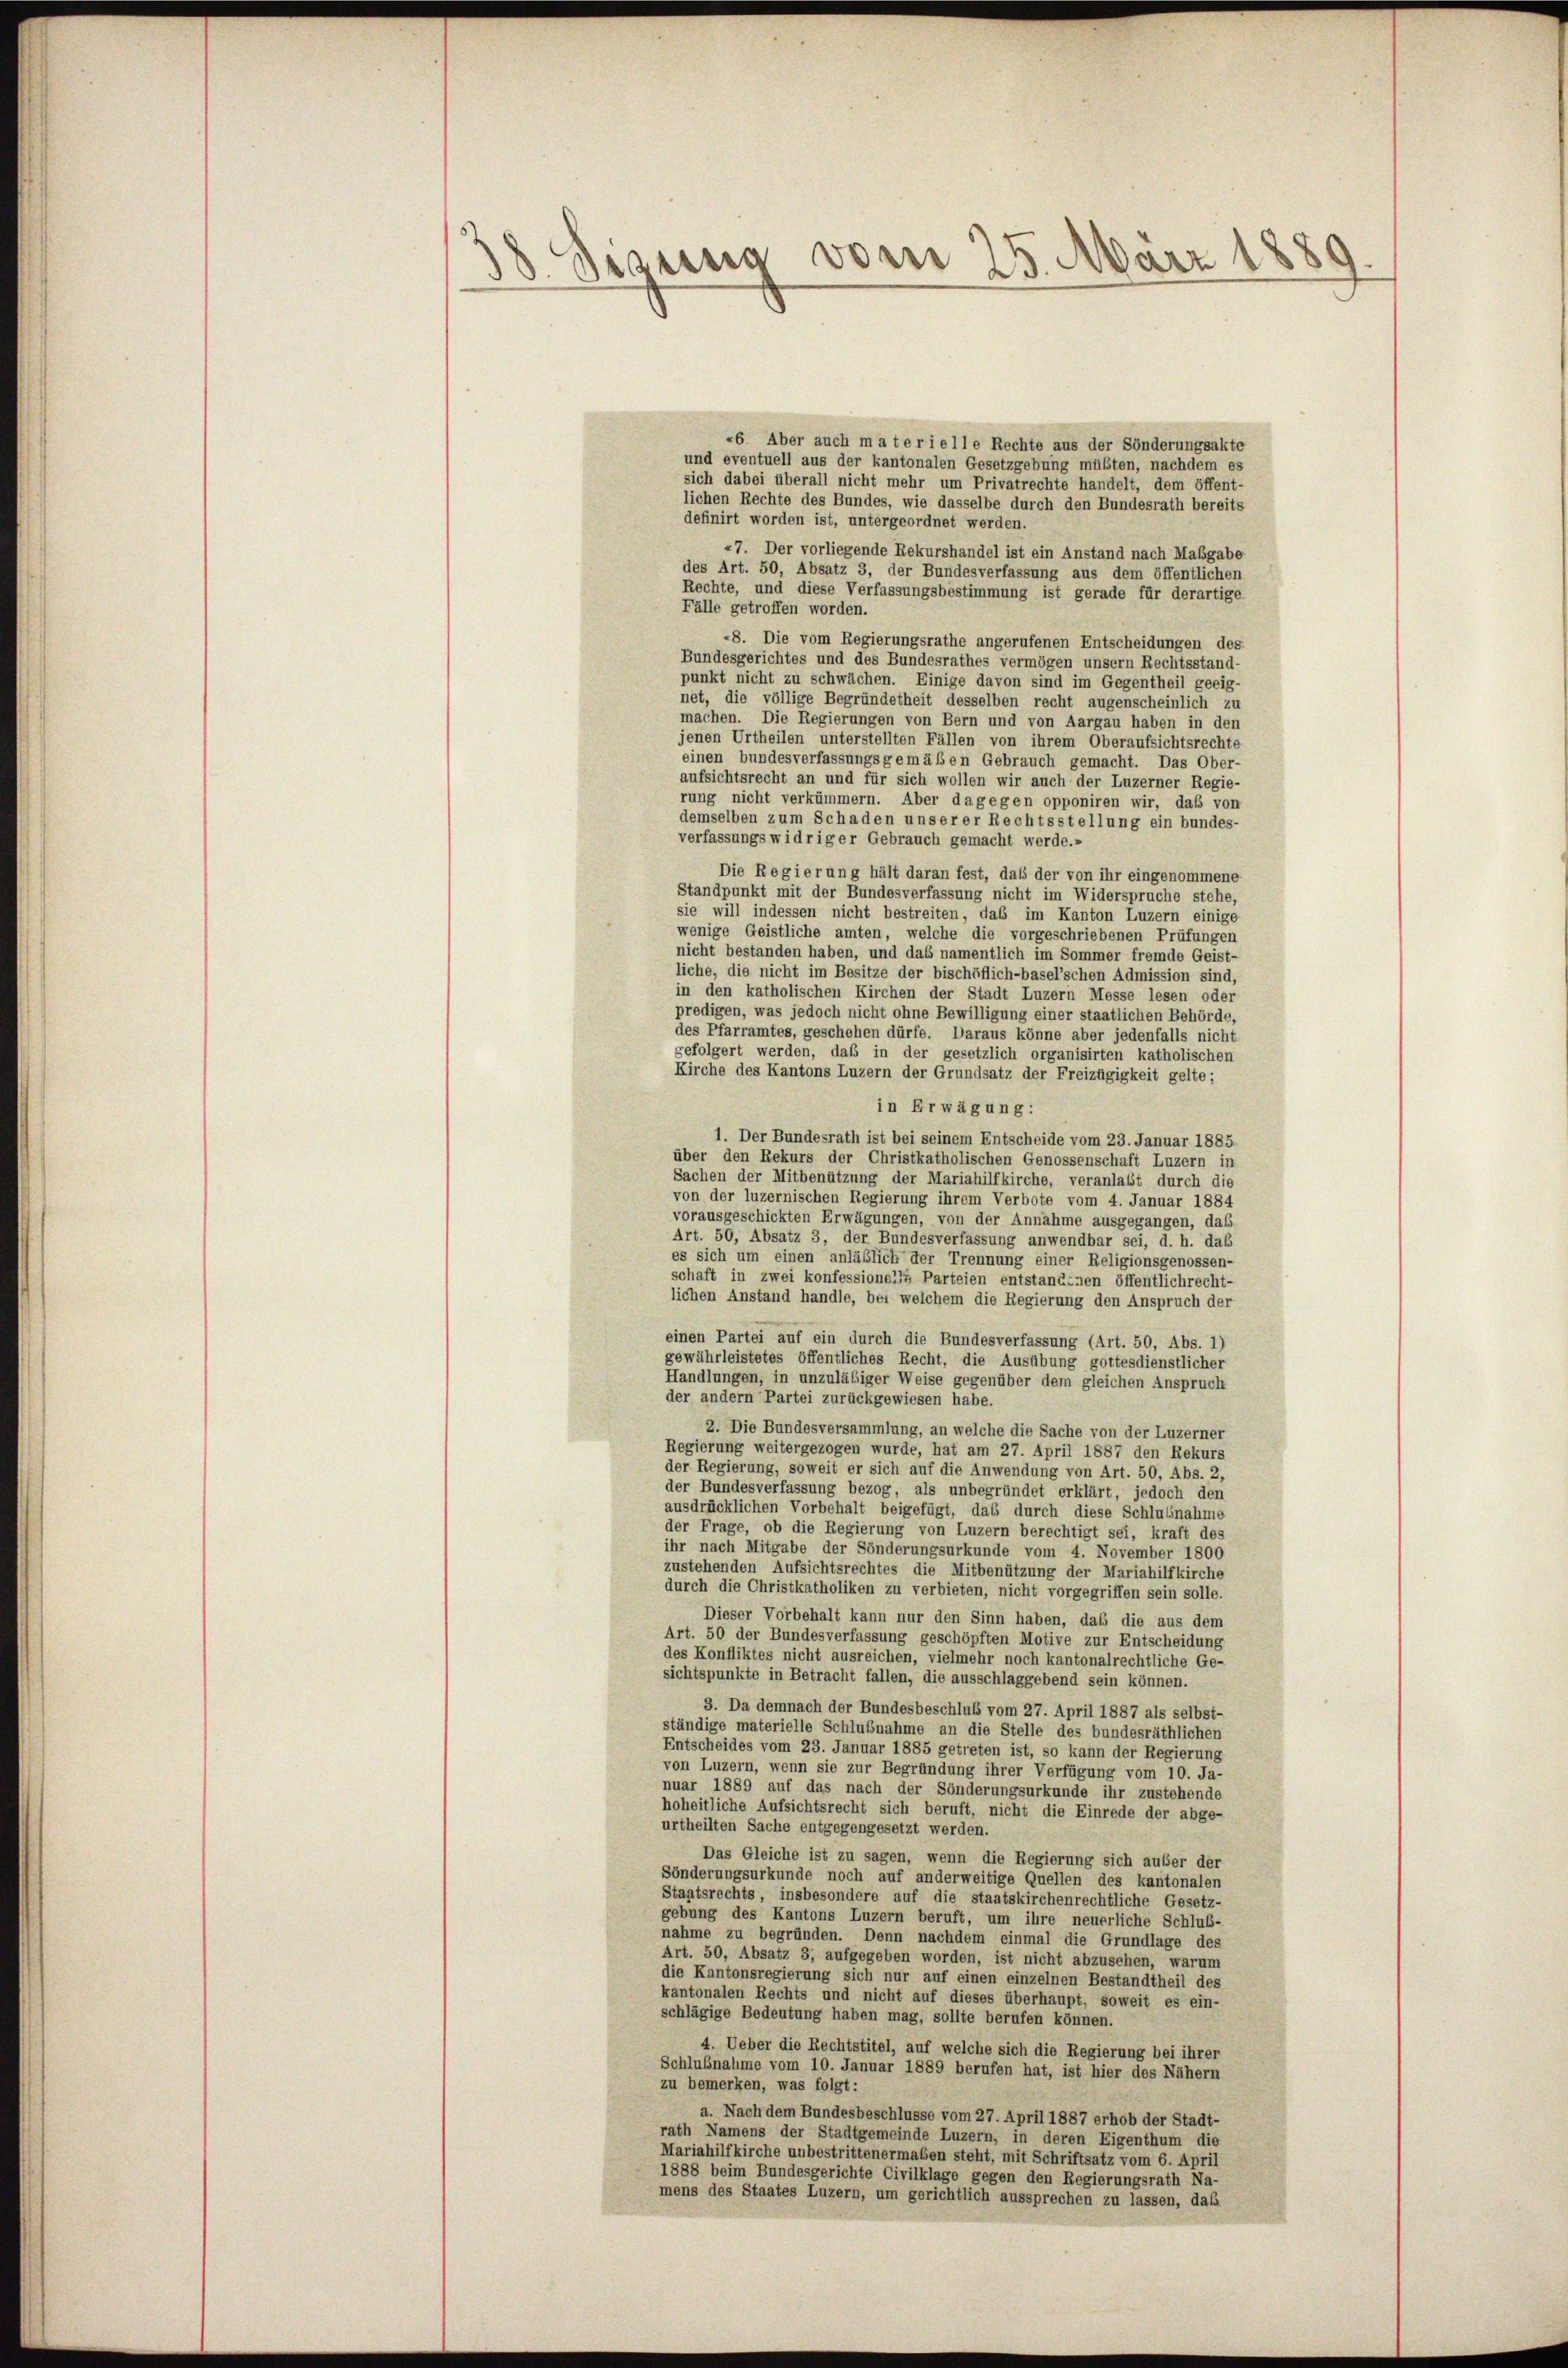
38 Sisung vom 25. März 1889.

«6. Aber auch materielle Rechte aus der Sönderungsakte
und eventuell aus der kantonalen Gesetzgebung müßten, nachdem es
sich dabei überall nicht mehr um Privatrechte handelt, dem öffent-
lichen Rechte des Bundes, wie dasselbe durch den Bundesrath bereits
definirt worden ist, untergeordnet werden.
47. Der vorliegende Rekurshandel ist ein Anstand nach Maßgabe
des Art. 50, Absatz 3, der Bundesverfassung aus dem öffentlichen
Rechte, und diese Verfassungsbestimmung ist gerade für derartige
Fälle getroffen worden.
-8. Die vom Regierungsrathe angerufenen Entscheidungen des
Bundesgerichtes und des Bundesrathes vermögen unsern Rechtsstand-
punkt nicht zu schwächen. Einige davon sind im Gegentheil geeig-
net, die völlige Begründetheit desselben recht augenscheinlich zu
machen. Die Regierungen von Bern und von Aargau haben in den
jenen Urtheilen unterstellten Fällen von ihrem Oberaufsichtsrechte
einen bundesverfassungsgemäßen Gebrauch gemacht. Das Ober-
aufsichtsrecht an und für sich wollen wir auch der Luzerner Regie-
rung nicht verkümmern. Aber dagegen opponiren wir, daß von
demselben zum Schaden unserer Rechtsstellung ein bundes-
verfassungs widriger Gebrauch gemacht werde.»
Die Regierung hält daran fest, daß der von ihr eingenommene
Standpunkt mit der Bundesverfassung nicht im Widerspruche stehe,
sie will indessen nicht bestreiten, das im Kanton Luzern einige
wenige Geistliche amten, welche die vorgeschriebenen Prüfungen
nicht bestanden haben, und das namentlich im Sommer fremde Geist-
liche, die nicht im Besitze der bischöflich-basel’schen Admission sind,
in den katholischen Kirchen der Stadt Luzern Messe lesen oder
predigen, was jedoch nicht ohne Bewilligung einer staatlichen Behörde,
des Pfarramtes, geschehen dürfe. Daraus könne aber jedenfalls nicht
gefolgert werden, daß in der gesetzlich organisirten katholischen
Kirche des Kantons Luzern der Grundsatz der Freizügigkeit gelte;
in Erwägung:
1. Der Bundesrath ist bei seinem Entscheide vom 23. Januar 1885
über den Rekurs der Christkatholischen Genossenschaft Luzern in
Sachen der Mitbenützung der Mariahilfkirche, veranlaßt durch die
von der luzernischen Regierung ihrem Verbote vom 4. Januar 1884
vorausgeschickten Erwägungen, von der Annahme ausgegangen, daß
Art. 50, Absatz 3, der Bundesverfassung anwendbar sei, d. h. das
es sich um einen anläßlich der Trennung einer Religionsgenossen-
schaft in zwei konfessione a Parteien entstandenen öffentlichrecht-
lichen Anstand handle, bei welchem die Regierung den Anspruch der
einen Partei auf ein durch die Bundesverfassung (Art. 50, Abs. 1)
gewährleistetes öffentliches Recht, die Ausübung gottesdienstlicher
Handlungen, in unzuläbiger Weise gegenüber dem gleichen Anspruch
der andern Partei zurückgewiesen habe.
2. Die Bundesversammlung, an welche die Sache von der Luzerner
Regierung weitergezogen wurde, hat am 27. April 1887 den Rekurs
der Regierung, soweit er sich auf die Anwendung von Art. 50, Abs. 2,
der Bundesverfassung bezog, als unbegründet erklärt, jedoch den
ausdrücklichen Vorbehalt beigefügt, das durch diese Schlußnahme
der Frage, ob die Regierung von Luzern berechtigt sei, kraft des
ihr nach Mitgabe der Sönderungsurkunde vom 4. November 1800
zustehenden Aufsichtsrechtes die Mitbenützung der Mariahilfkirche
durch die Christkatholiken zu verbieten, nicht vorgegriffen sein solle.
Dieser Vorbehalt kann nur den Sinn haben, daß die aus dem
Art. 50 der Bundesverfassung geschöpften Motive zur Entscheidung
des Konfliktes nicht ausreichen, vielmehr noch kantonalrechtliche Ge-
sichtspunkte in Betracht fallen, die ausschlaggebend sein können.
3. Da demnach der Bundesbeschluß vom 27. April 1887 als selbst-
ständige materielle Schlußnahme an die Stelle des bundesräthlichen
Entscheides vom 23. Januar 1885 getreten ist, so kann der Regierung
von Luzern, wenn sie zur Begründung ihrer Verfügung vom 10. Ja-
nuar 1889 auf das nach der Sönderungsurkunde ihr zustehende
hoheitliche Aufsichtsrecht sich beruft, nicht die Einrede der abge-
urtheilten Sache entgegengesetzt werden.
Das Gleiche ist zu sagen, wenn die Regierung sich außer der
Sönderungsurkunde noch auf anderweitige Quellen des kantonalen
Staatsrechts, insbesondere auf die staatskirchenrechtliche Gesetz-
gebung des Kantons Luzern beruft, um ihre neuerliche Schluß-
nahme zu begründen. Denn nachdem einmal die Grundlage des
Art. 50, Absatz 3, aufgegeben worden, ist nicht abzusehen, warum
die Kantonsregierung sich nur auf einen einzelnen Bestandtheil des
kantonalen Rechts und nicht auf dieses überhaupt, soweit es ein-
schlägige Bedeutung haben mag, sollte berufen können.
4. Ueber die Rechtstitel, auf welche sich die Regierung bei ihrer
Schlußnahme vom 10. Januar 1889 berufen hat, ist hier des Nähern
zu bemerken, was folgt:
a. Nach dem Bundesbeschlüsse vom 27. April 1887 erhob der Stadt-
rath Namens der Stadtgemeinde Luzern, in deren Eigenthum die
Mariahilfkirche unbestrittenermaßen steht, mit Schriftsatz vom 6. April
1888 beim Bundesgerichte Civilklage gegen den Regierungsrath Na-
mens des Staates Luzern, um gerichtlich aussprechen zu lassen, daß